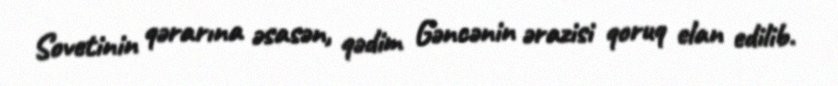
Sovetinin qərarına əsasən, qədim Gəncənin ərazisi qoruq elan edilib.